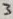
Text: 3